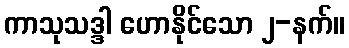
ကာသုသဒ္ဒါ ဟောနိုင်သော ၂-နက်။